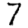
Digit: 7